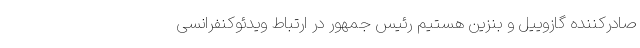
صادرکننده گازوییل و بنزین هستیم رئیس جمهور در ارتباط ویدئوکنفرانسی